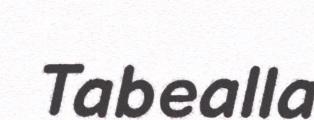
Tabealla